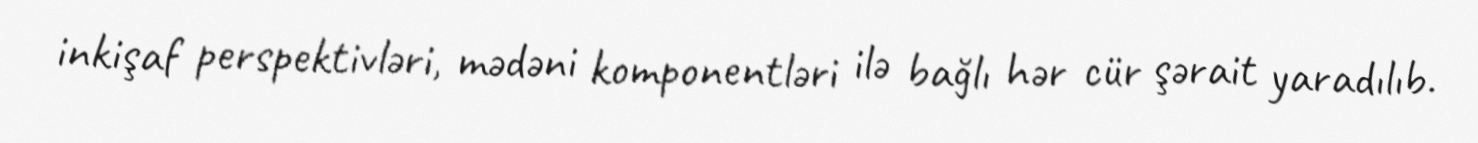
inkişaf perspektivləri, mədəni komponentləri ilə bağlı hər cür şərait yaradılıb.